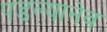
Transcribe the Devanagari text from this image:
पडल्यानेव